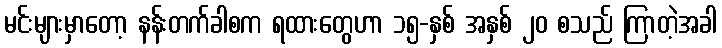
မင်းများမှာတော့ နန်းတက်ခါစက ရထားတွေဟာ ၁၅-နှစ် အနှစ် ၂၀ စသည် ကြာတဲ့အခါ